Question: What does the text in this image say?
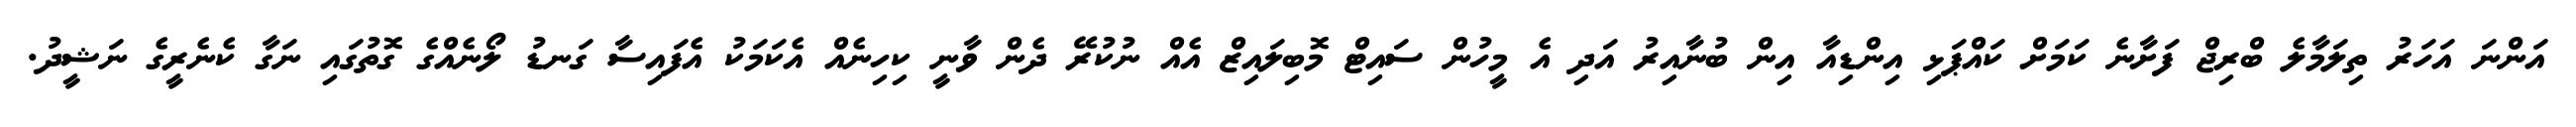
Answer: އަންނަ އަހަރު ތިލަމާލެ ބްރިޖް ފަށާނެ ކަމަށް ކައްޕަޅި އިންޑިއާ އިން ބުނާއިރު އަދި އެ މީހުން ސައިޓް މޮބިލައިޒް އެއް ނުކުރޭ ދެން ވާނީ ކިހިނެއް އެކަމަކު އެފައިސާ ގަނޑު ލޯނެއްގެ ގޮތުގައި ނަގާ ކެނެރީގެ ނަޝީދު.